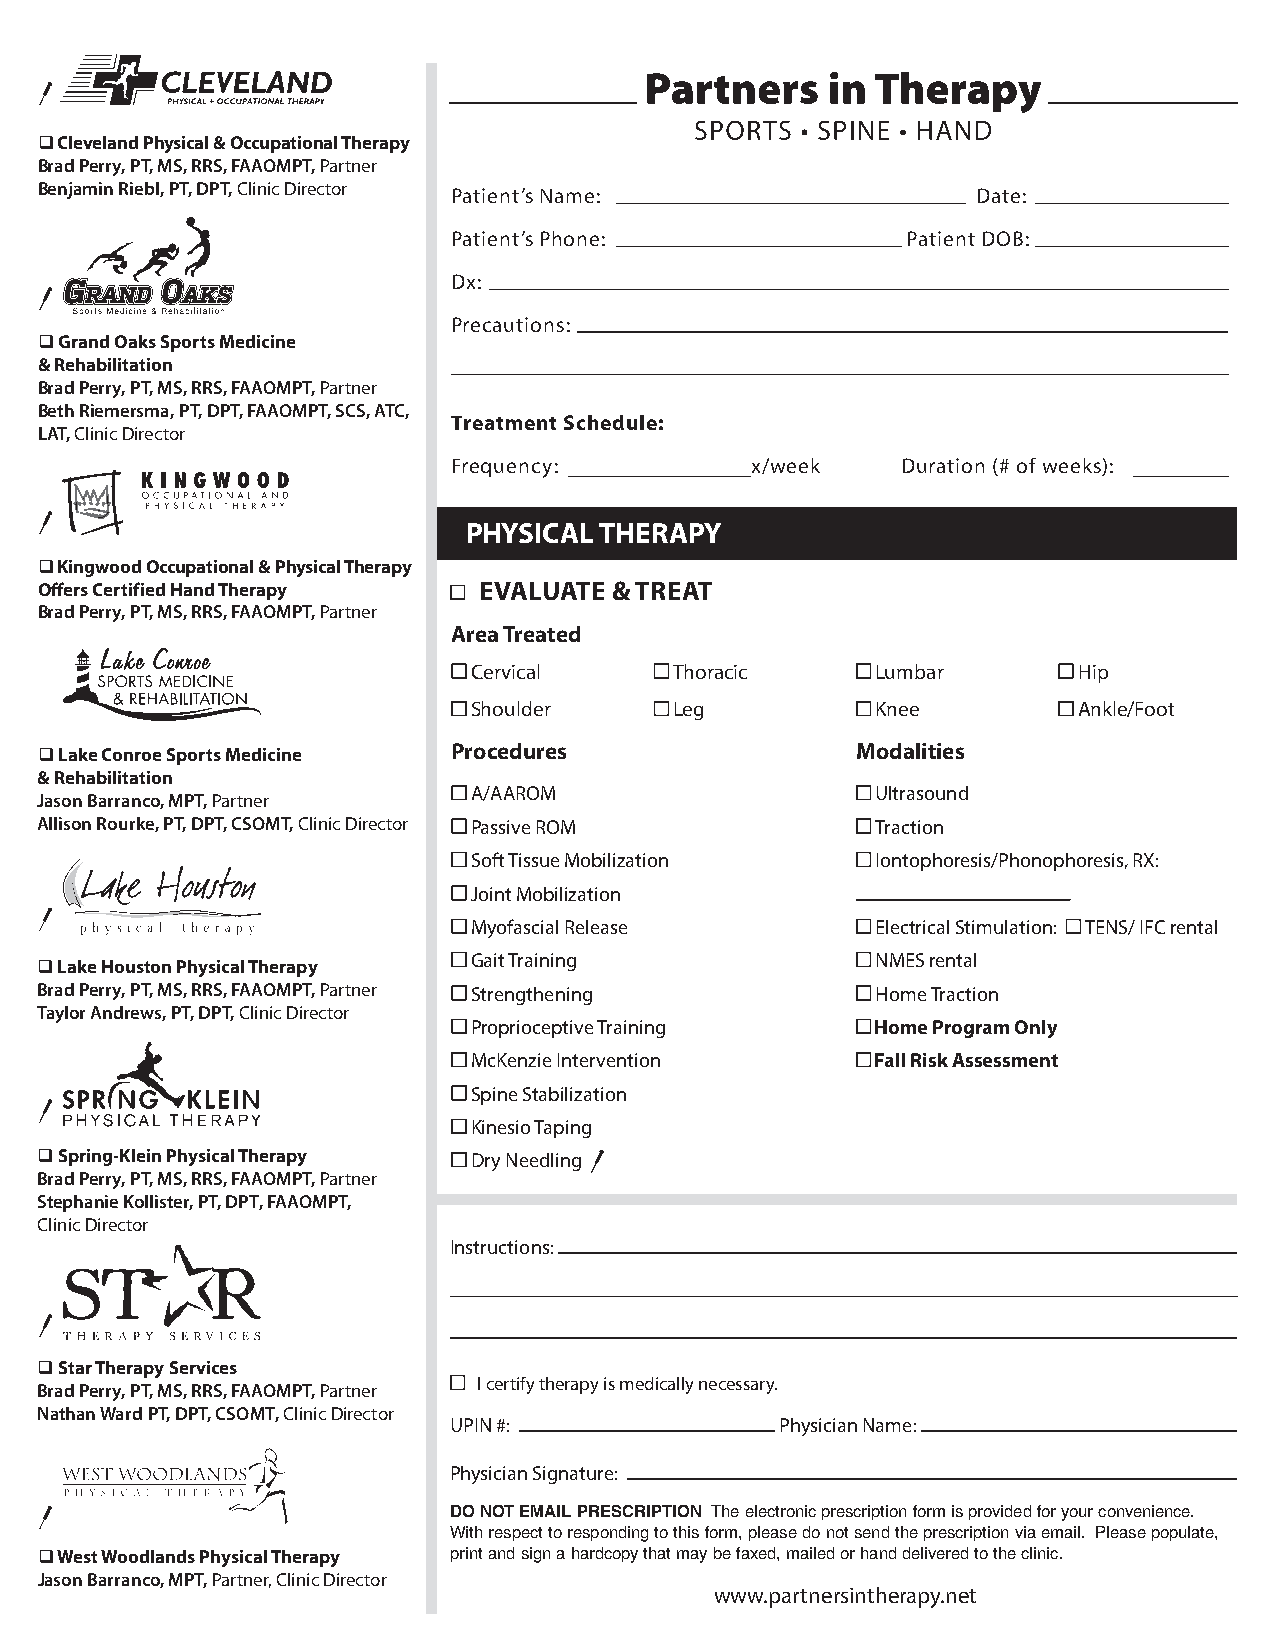
 Cleveland Physical & Occupational Therapy
 Brad Perry, PT, MS, RRS, FAAOMPT, Partner
 Benjamin Riebl, PT, DPT, Clinic Director Patient’s Name:       Date:
 Patient’s Phone:              Patient DOB:
 Dx:
 Precautions:
  Grand Oaks Sports Medicine
 & Rehabilitation
 Brad Perry, PT, MS, RRS, FAAOMPT, Partner
 Beth Riemersma, PT, DPT, FAAOMPT, SCS, ATC,
 Treatment Schedule:
 LAT, Clinic Director
 Frequency:          x/week    Duration (# of weeks):
 PHYSICAL THERAPY
  Kingwood Occupational & Physical Therapy
 Offers Certified Hand Therapy EVALUATE & TREAT
 Brad Perry, PT, MS, RRS, FAAOMPT, Partner
 Area Treated
 Cervical      Thoracic     Lumbar       Hip
 Shoulder      Leg          Knee         Ankle/Foot
  Lake Conroe Sports Medicine Procedures               Modalities
 & Rehabilitation
 A/AAROM                    Ultrasound
 Jason Barranco, MPT, Partner
 Allison Rourke, PT, DPT, CSOMT, Clinic Director Passive ROM Traction
 Soft Tissue Mobilization   Iontophoresis/Phonophoresis, RX:
 Joint Mobilization
 Myofascial Release         Electrical Stimulation: TENS/ IFC rental
 Gait Training              NMES rental
  Lake Houston Physical Therapy
 Brad Perry, PT, MS, RRS, FAAOMPT, Partner Strengthening Home Traction
 Taylor Andrews, PT, DPT, Clinic Director
 Proprioceptive Training    Home Program Only
 McKenzie Intervention      Fall Risk Assessment
 Spine Stabilization
 Kinesio Taping
  Spring-Klein Physical Therapy Dry Needling
 Brad Perry, PT, MS, RRS, FAAOMPT, Partner
 Stephanie Kollister, PT, DPT, FAAOMPT,
 Clinic Director
 Instructions:
  Star Therapy Services
 I certify therapy is medically necessary.
 Brad Perry, PT, MS, RRS, FAAOMPT, Partner
 Nathan Ward PT, DPT, CSOMT, Clinic Director
 UPIN #:               Physician Name:
 Physician Signature:
 DO NOT EMAIL PRESCRIPTION The electronic prescription form is provided for your convenience.
 With respect to responding to this form, please do not send the prescription via email. Please populate,
  West Woodlands Physical Therapy print and sign a hardcopy that may be faxed, mailed or hand delivered to the clinic.
 Jason Barranco, MPT, Partner, Clinic Director
 www.partnersintherapy.net